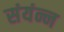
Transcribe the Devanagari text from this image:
संयंन्न